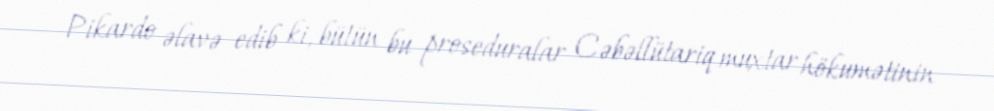
Pikardo əlavə edib ki, bütün bu proseduralar Cəbəllütariq muxtar hökumətinin